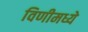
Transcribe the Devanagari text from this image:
विणीमध्ये